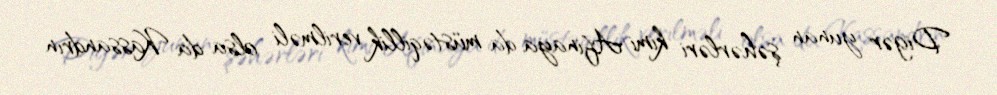
Digər yunan şəhərləri kimi Afinaya da müstəqillik verilməli olsa da Kassandrın